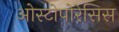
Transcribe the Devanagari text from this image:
ओस्टोपोरेसिस